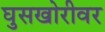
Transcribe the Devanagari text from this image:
घुसखोरीवर